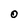
Character: 0